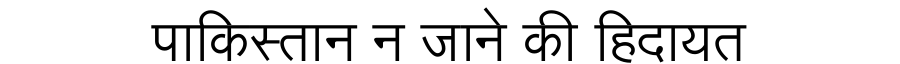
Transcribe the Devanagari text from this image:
पाकिस्तान न जाने की हिदायत